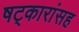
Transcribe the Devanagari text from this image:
षट्कारांसह